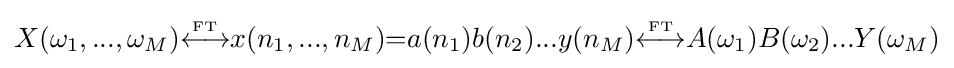
X(\omega _{1},...,\omega _{M}){\overset {\underset {\mathrm {FT} }{}}{\longleftrightarrow }}x(n_{1},...,n_{M}){=}a(n_{1})b(n_{2})...y(n_{M}){\overset {\underset {\mathrm {FT} }{}}{\longleftrightarrow }}A(\omega _{1})B(\omega _{2})...Y(\omega _{M})